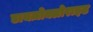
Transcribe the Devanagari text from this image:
डायज़ोक्लोराइड